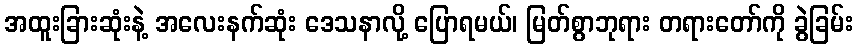
အထူးခြားဆုံးနဲ့ အလေးနက်ဆုံး ဒေသနာလို့ ပြောရမယ်၊ မြတ်စွာဘုရား တရားတော်ကို ခွဲခြမ်း